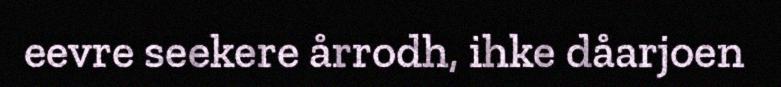
eevre seekere årrodh, ihke dåarjoen